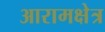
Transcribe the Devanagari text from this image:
आरामक्षेत्र